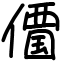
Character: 𠏹